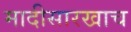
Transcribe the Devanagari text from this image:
मादीसारखाच